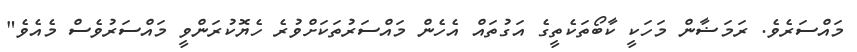
މައްސަރެވެ. ރަމަޟާން މަހަކީ ކާބޯތަކެތީގެ އަގުތައް އެހެން މައްސަރުތަކަށްވުރެ ހެޔޮކުރަންވީ މައްސަރުވެސް މެއެވެ"